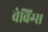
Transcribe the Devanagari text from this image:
वेविंग्स